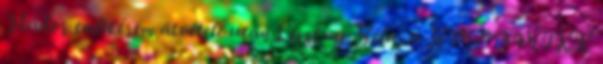
Nádor emlékérem átvétele után Liszkay Béla, a BME OMIKK